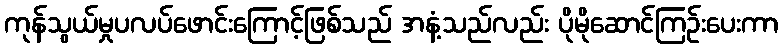
ကုန်သွယ်မှုပလပ်ဖောင်းကြောင့်ဖြစ်သည် အနံ့သည်လည်း ပိုမိုဆောင်ကြဉ်းပေးကာ